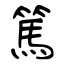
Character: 篤